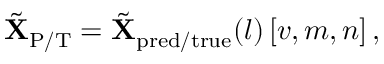
\begin{array} { r } { \tilde { \mathbf { X } } _ { \mathrm { P / T } } = \tilde { \mathbf { X } } _ { \mathrm { p r e d / t r u e } } ( l ) \left[ v , m , n \right] , } \end{array}